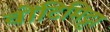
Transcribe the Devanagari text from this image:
वोंटिमिट्टा